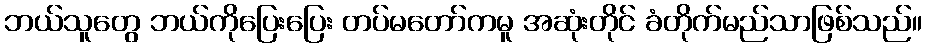
ဘယ်သူတွေ ဘယ်ကိုပြေးပြေး တပ်မတော်ကမူ အဆုံးတိုင် ခံတိုက်မည်သာဖြစ်သည်။